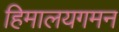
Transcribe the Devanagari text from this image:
हिमालयगमन